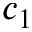
c _ { 1 }